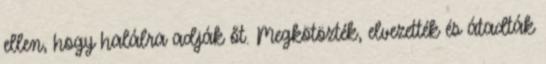
ellen, hogy halálra adják őt. Megkötözték, elvezették és átadták